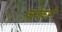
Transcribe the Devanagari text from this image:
कर्यकर्मो